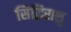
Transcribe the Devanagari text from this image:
सिद्धिराशु